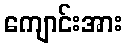
ကျောင်းအား